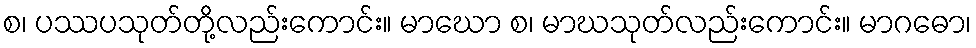
စ၊ ပဿပသုတ်တို့လည်းကောင်း။ မာဃော စ၊ မာဃသုတ်လည်းကောင်း။ မာဂဓော၊